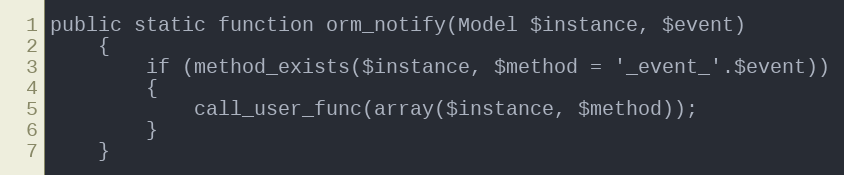
Language: PHP
public static function orm_notify(Model $instance, $event)
	{
		if (method_exists($instance, $method = '_event_'.$event))
		{
			call_user_func(array($instance, $method));
		}
	}